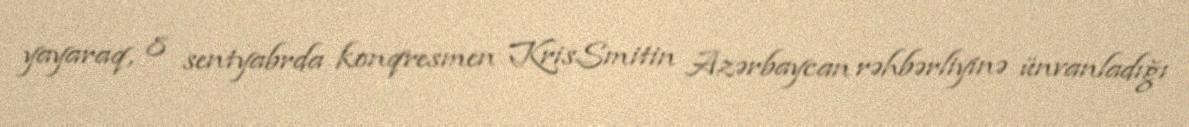
yayaraq, 8 sentyabrda konqresmen KrisSmitin Azərbaycan rəhbərliyinə ünvanladığı